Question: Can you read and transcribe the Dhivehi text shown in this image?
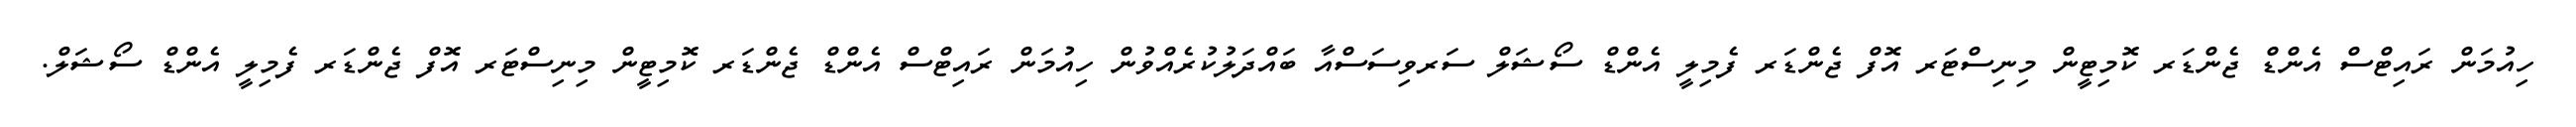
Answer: ހިއުމަން ރައިޓްސް އެންޑް ޖެންޑަރ ކޮމިޓީން މިނިސްޓަރ އޮފް ޖެންޑަރ ފެމިލީ އެންޑް ސޯޝަލް ސަރވިސަސްއާ ބައްދަލުކުރެއްވުން ހިއުމަން ރައިޓްސް އެންޑް ޖެންޑަރ ކޮމިޓީން މިނިސްޓަރ އޮފް ޖެންޑަރ ފެމިލީ އެންޑް ސޯޝަލް.